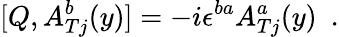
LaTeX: [Q,A_{Tj}^{b}(y)]=-i\epsilon^{ba}A_{Tj}^{a}(y)\, \, \, .